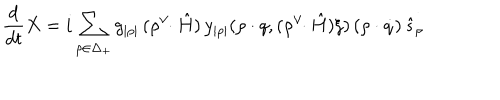
LaTeX: { \frac { d } { d t } } X = i \sum _ { \rho \in \Delta _ { + } } g _ { | \rho | } \, ( \rho ^ { \vee } \! \! \cdot \hat { H } ) \, y _ { | \rho | } ( \rho \cdot q , ( \rho ^ { \vee } \! \! \cdot \hat { H } ) \xi ) \, ( \rho \cdot \dot { q } ) \, \hat { s } _ { \rho }